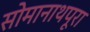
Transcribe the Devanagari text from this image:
सोमानाथपूरा